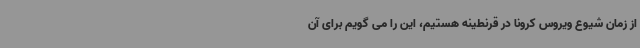
از زمان شیوع ویروس کرونا در قرنطینه هستیم، این را می گویم برای آن